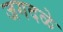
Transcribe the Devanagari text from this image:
जगदळे